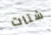
شتات